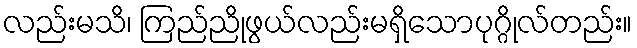
လည်းမသိ၊ ကြည်ညိုဖွယ်လည်းမရှိသောပုဂ္ဂိုလ်တည်း။